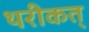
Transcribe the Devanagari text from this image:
थरीकत्